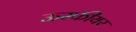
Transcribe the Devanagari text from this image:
ऊस्फीयर